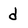
Character: d